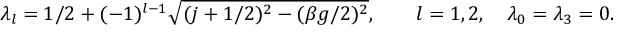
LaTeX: \lambda _ { l } = 1 / 2 + ( - 1 ) ^ { l - 1 } \sqrt { ( j + 1 / 2 ) ^ { 2 } - ( \beta g / 2 ) ^ { 2 } } , \qquad l = 1 , 2 , \quad \lambda _ { 0 } = \lambda _ { 3 } = 0 .